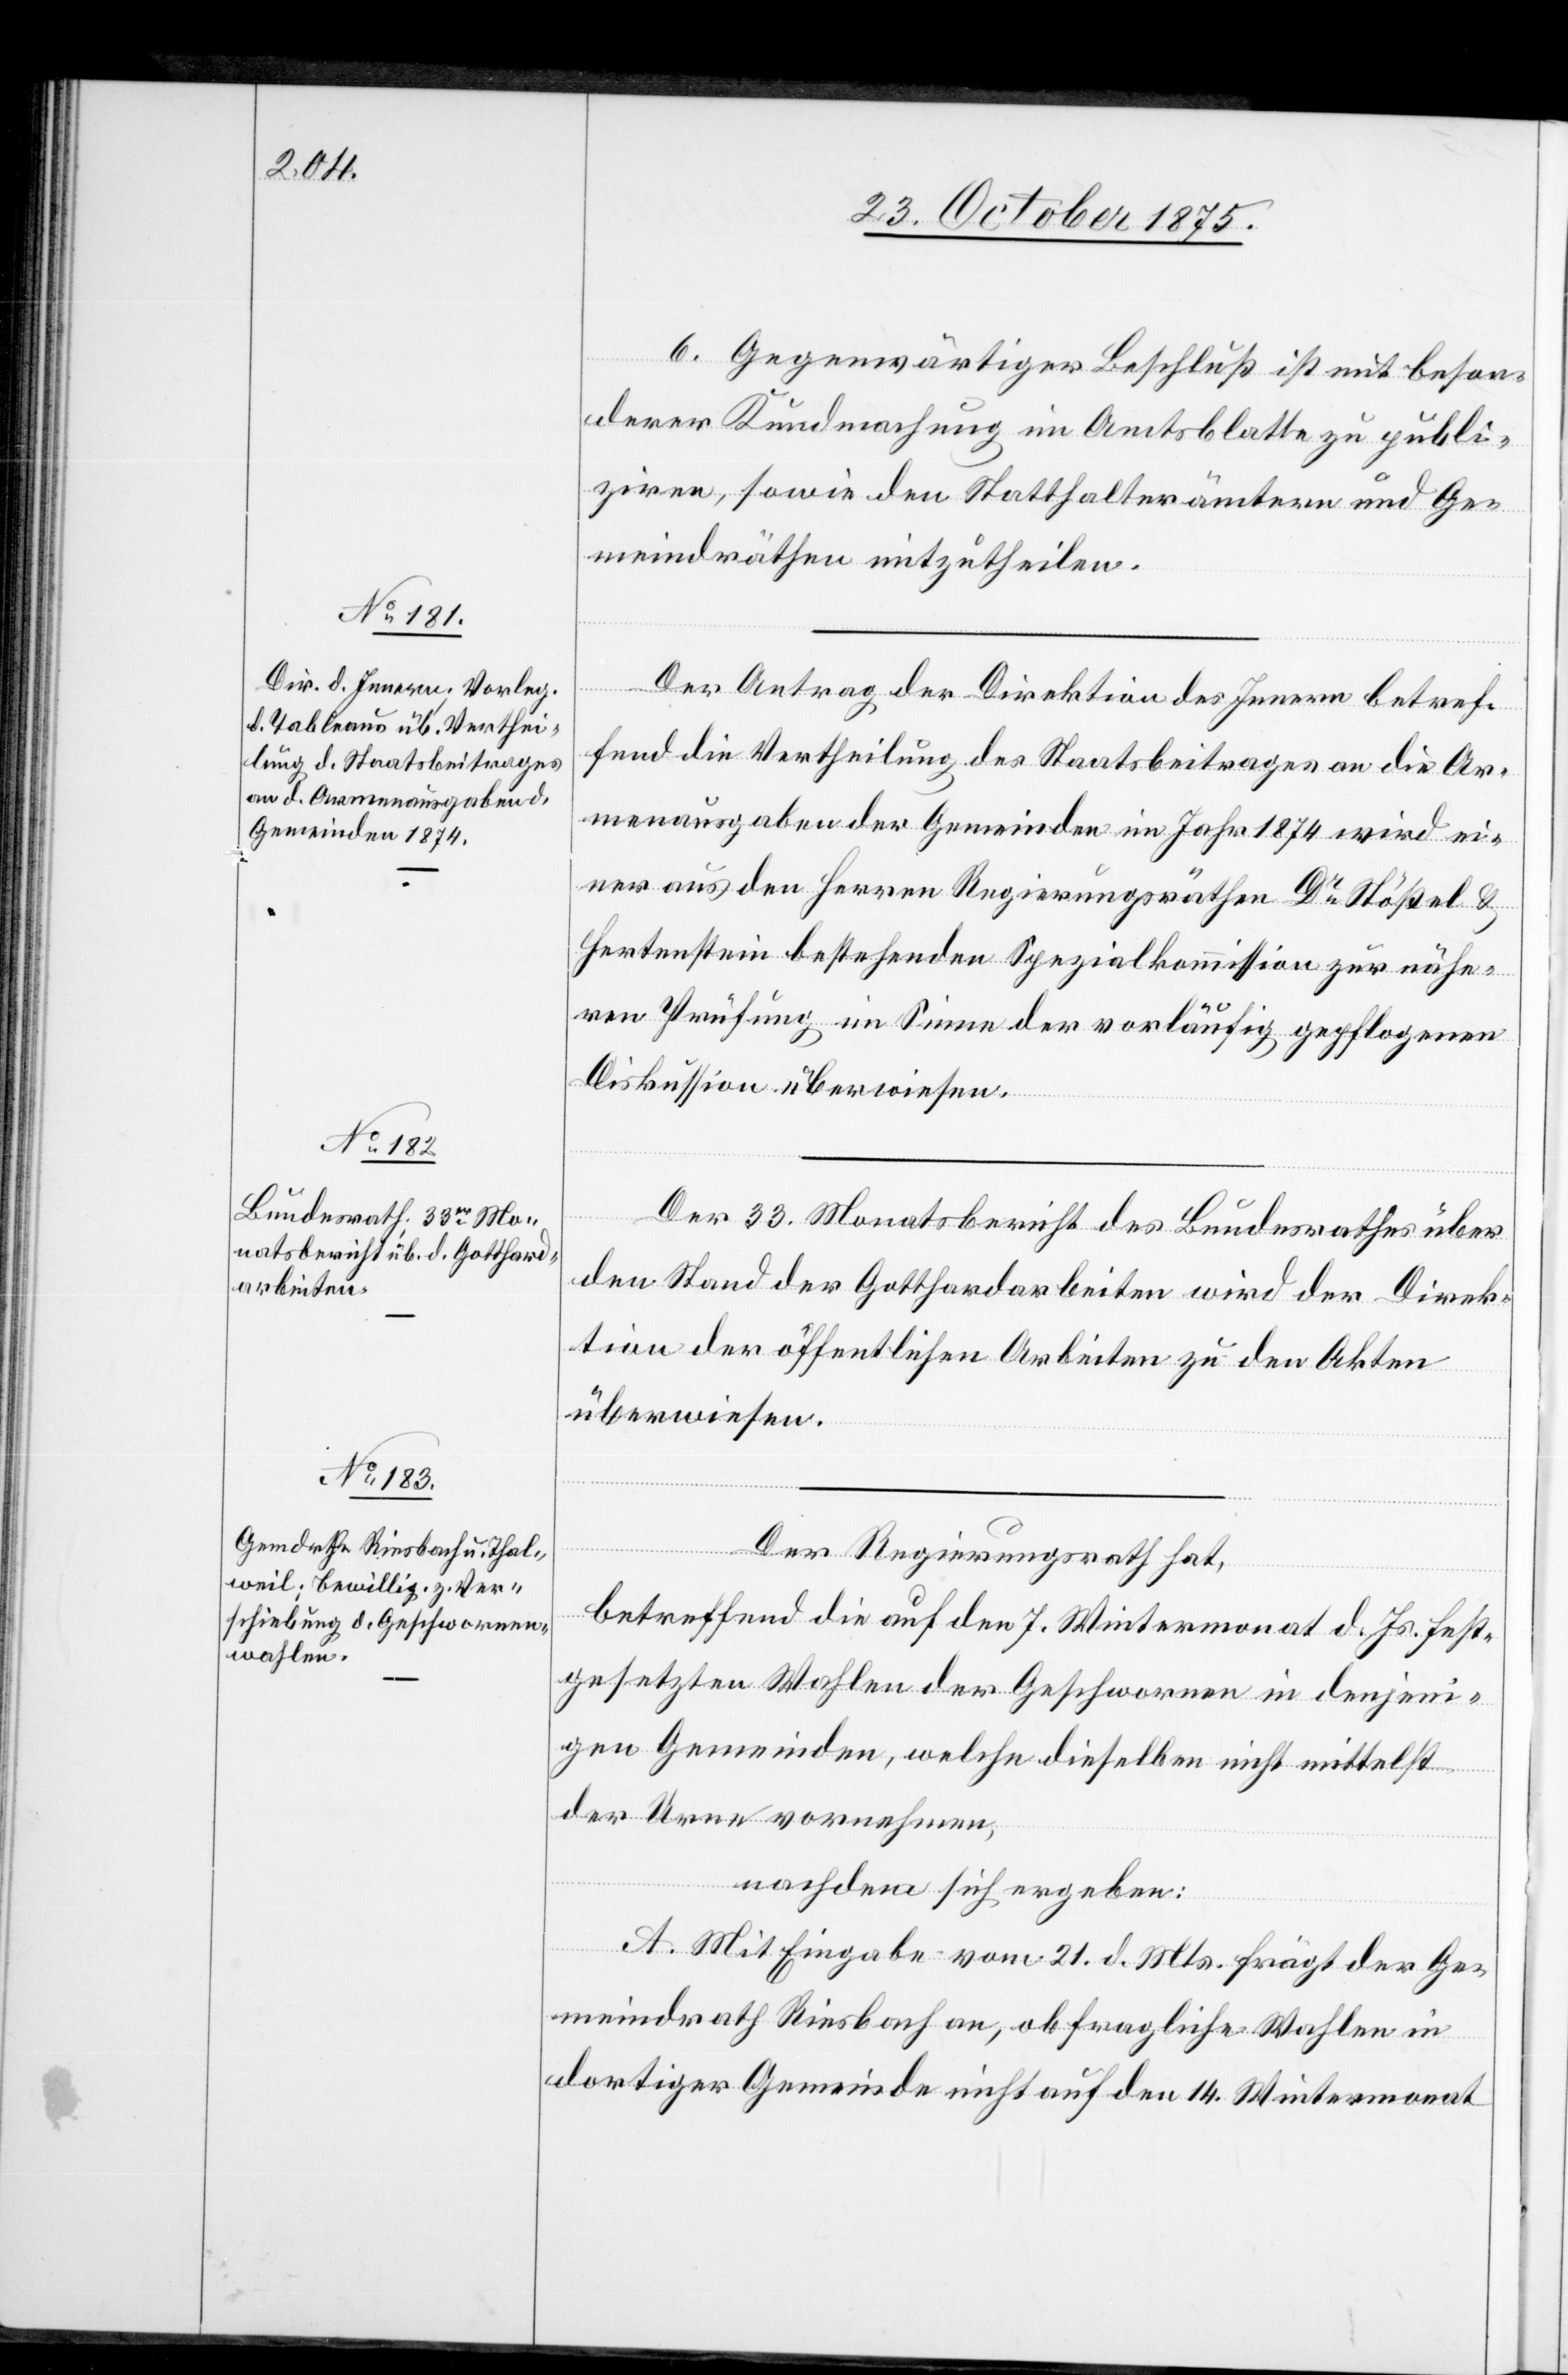
6. Gegenwärtiger Beschluß ist mit beson¬
derer Kundmachung im Amtsblatte zu publi¬
ziren, sowie den Statthalterämtern und Ge¬
meindräthen mitzutheilen.
Der Antrag der Direktion des Innern betref¬
fend die Vertheilung des Staatsbeitrages an die Ar¬
menausgaben der Gemeinden im Jahr 1874 wird ei¬
ner aus den Herren Regierungsräthen Dr Stößel &
Hertenstein bestehenden Spezialkommission zur nähe¬
ren Prüfung im Sinne der vorläufig gepflogenen
Diskussion überwiesen.
Der 33. Monatsbericht des Bundesrathes über
den Stand der Gotthardarbeiten wird der Direk¬
tion der öffentlichen Arbeiten zu den Akten
überwiesen.
Der Regierungsrath hat,
betreffend die auf den 7. Wintermonat d. Js. fest¬
gesetzten Wahlen der Geschwornen in denjeni¬
gen Gemeinden, welche dieselben nicht mittelst
der Urne vornehmen,
nachdem sich ergeben:
A. Mit Eingabe vom 21. d. Mts. frägt der Ge¬
meindrath Riesbach an, ob fragliche Wahlen in
dortiger Gemeinde nicht auf den 14. Wintermonat